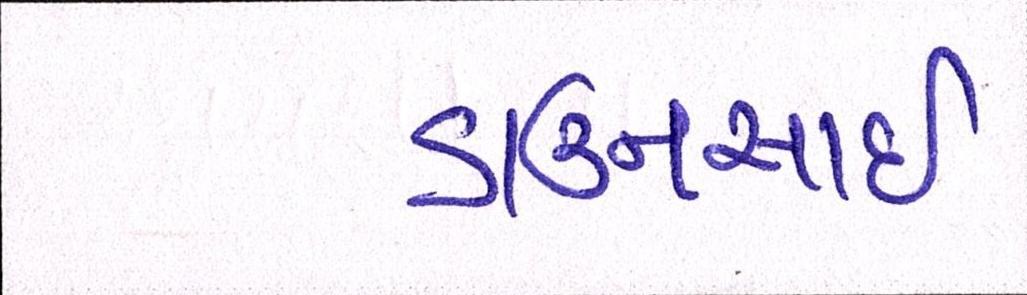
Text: ડાઉનસાઇ